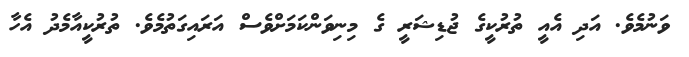
ވަނުމެވެ. އަދި އެއީ ތުރުކީގެ ޖުޑިޝަރީ ގެ މިނިވަންކަމަށްވެސް އަރައިގަތުމެވެ. ތުރުކީއާމެދު އެހާ